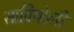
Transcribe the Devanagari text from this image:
सावियोली